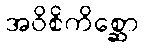
အဝိစိကိစ္ဆော